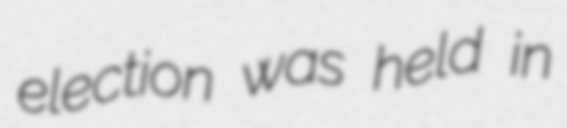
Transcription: election was held in